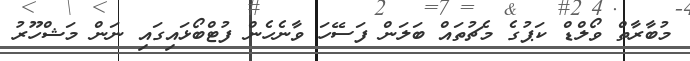
މުބާރާތް ވޯލްޑް ކަޕުގެ މެޗުތައް ބަލަން ފަސޭހަ ވާނެހެން ފުޓްބޯޅައިގައި ނަން މަޝްހޫރު